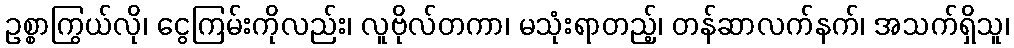
ဥစ္စာကြွယ်လို၊ ငွေကြမ်းကိုလည်း၊ လူဗိုလ်တကာ၊ မသုံးရာတည့်၊ တန်ဆာလက်နက်၊ အသက်ရှိသူ၊